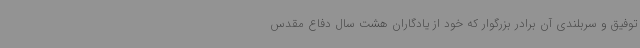
توفیق و سربلندی آن برادر بزرگوار که خود از یادگاران هشت سال دفاع مقدس